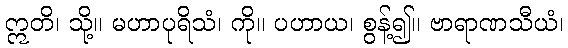
ဣတိ၊ သို့။ မဟာပုရိသံ၊ ကို။ ပဟာယ၊ စွန့်၍။ ဗာရာဏသီယံ၊